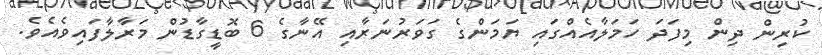
ކުރިން ދިން މިފަދަ ހަމަލާއެއްގައި ޔަމަންގެ ގަވަރުނަރާއި އޭނާގެ 6 ބޮޑީގާޑުން މަރާލާފައިވެއެވެ.